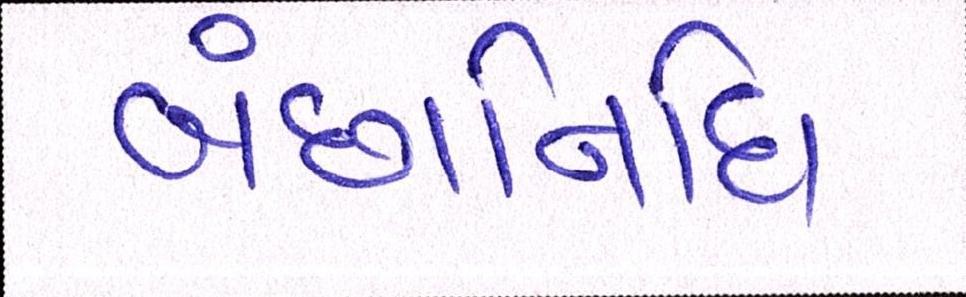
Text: બંછાનિધિ